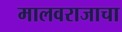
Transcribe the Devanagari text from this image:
मालवराजाचा